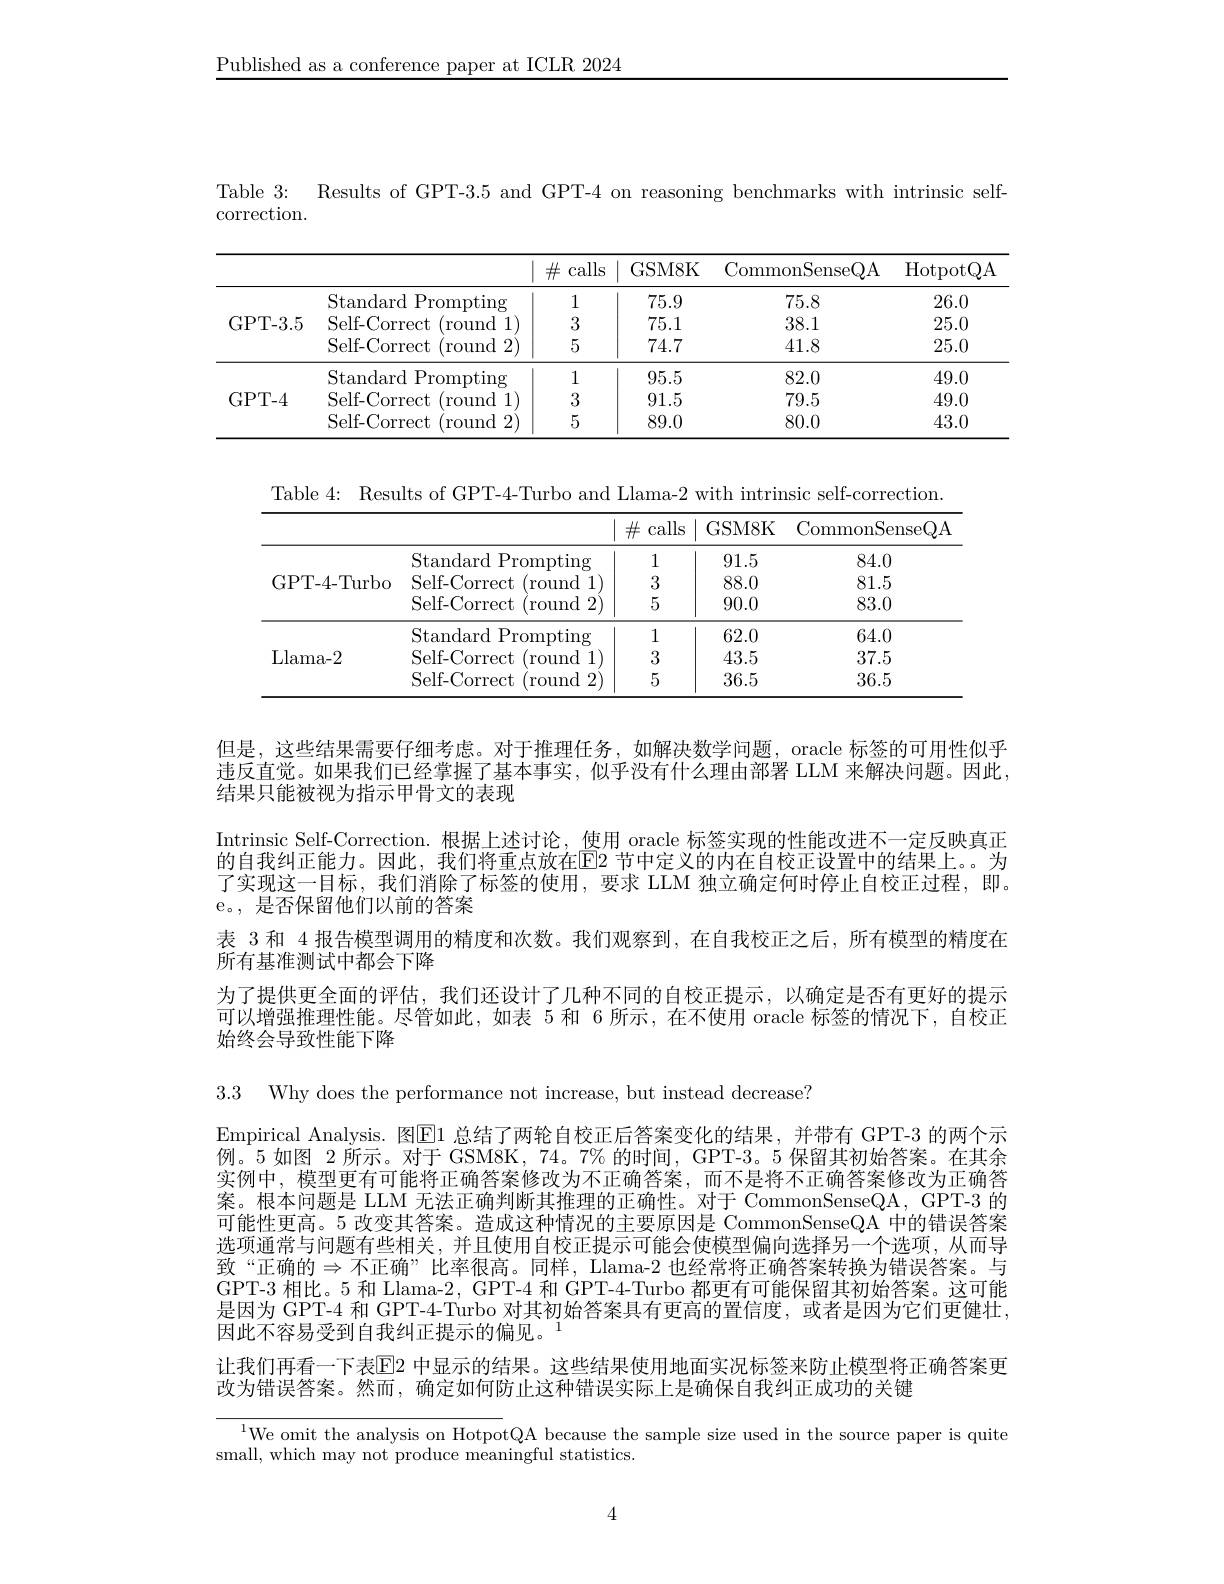
Published as a conference pa

Table 3: Results of GPT-3.5 and GPT-4 on reasoning benchmarks with intrinsic self-

correction.

<table>
	<tbody>
		<tr>
			<th> </th>
			<th> </th>
			<th> calls </th>
			<th>GSM8K</th>
			<th>CommonSenseQA</th>
			<th>HotpotQA</th>
		</tr>
		<tr>
			<td rowspan="3">GPT- 3. 5</td>
			<td>Standard Prompting</td>
			<td>1</td>
			<td>75.9</td>
			<td>75.8</td>
			<td>26.0</td>
		</tr>
		<tr>
			<td>Self- Correct $(\operatorname{round}$ 111)</td>
			<td>3</td>
			<td>75.1</td>
			<td>38.1</td>
			<td>25.0</td>
		</tr>
		<tr>
			<td>Self-Correct round </td>
			<td>5</td>
			<td>74.7</td>
			<td>41.8</td>
			<td>25.0</td>
		</tr>
		<tr>
			<td rowspan="3">GPT- 4</td>
			<td>Standard Prompting</td>
			<td>1</td>
			<td>95.5</td>
			<td>82.0</td>
			<td>49.0</td>
		</tr>
		<tr>
			<td>(round1) Self-Correct</td>
			<td></td>
			<td>91.5</td>
			<td>79.5</td>
			<td>49.0</td>
		</tr>
		<tr>
			<td>Self-Correct round 2</td>
			<td>5</td>
			<td>89.0</td>
			<td>80.0</td>
			<td>43.0</td>
		</tr>
	</tbody>
</table>

Table 4: Results of GPT-4-Turbo and Llama-2 with intrinsic self-correction.
<table>
	<tbody>
		<tr>
			<th> </th>
			<th> </th>
			<th>$\#$ calls</th>
			<th>GSM8K</th>
			<th>CommonSenseQA</th>
		</tr>
		<tr>
			<td rowspan="3">GPT-4-Turbo</td>
			<td>Standard Prompting</td>
			<td>1</td>
			<td>91.5</td>
			<td>84.0</td>
		</tr>
		<tr>
			<td>Self-Correct ( round 11)</td>
			<td></td>
			<td>88.0</td>
			<td>81.5</td>
		</tr>
		<tr>
			<td>Self-Correct $\operatorname{lround}$ 2</td>
			<td>5</td>
			<td>90.0</td>
			<td>83.0</td>
		</tr>
		<tr>
			<td rowspan="3">Llama- 2</td>
			<td>Standard Prompting</td>
			<td>1</td>
			<td>62.0</td>
			<td>64.0</td>
		</tr>
		<tr>
			<td>Self-Correct ( round </td>
			<td></td>
			<td>43.5</td>
			<td>37.5</td>
		</tr>
		<tr>
			<td>Self-Correct round </td>
			<td>5</td>
			<td>36.5</td>
			<td>36.5</td>
		</tr>
	</tbody>
</table>

但是，这些结果需要仔细考虑。对于推理任务，如解决数学问题，oracle 标签的可用性似乎违反直觉。如果我们已经掌握了基本事实，似乎没有什么理由部署 LLM 来解决问题。因此， 结果只能被视为指示甲骨文的表现
Intrinsic Self-Correction. 根据上述讨论，使用 oracle 标签实现的性能改进不一定反映真正的自我纠正能力。因此，我们将重点放在$\overline{\mathrm{E}}$2 了实现这一目标，我们消除了标签的使用，要求 LLM 独立确定何时停止自校正过程，即。e。, 是否保留他们以前的答案
表 3 和 4 报告模型调用的精度和次数。我们观察到，在自我校正之后，所有模型的精度在
所有基准测试中都会下降
为了提供更全面的评估，我们还设计了几种不同的自校正提示，以确定是否有更好的提示可以增强推理性能。尽管如此，如表 5 和 6 所示，在不使用 oracle 标签的情况下，自校正始终会导致性能下降

3.3 Why does the performance not increase, but instead decrease?

Empirical Analysis. 图$\overline{\mathrm{E}}1$ 总结了两轮自校正后答案变化的结果，并带有 GPT-3 的两个示例。5 如图 2 所示。对于 GSM8K, 74。7% 的时间，GPT-3。5 保留其初始答案。在其余实例中，模型更有可能将正确答案修改为不正确答案，而不是将不正确答案修改为正确答案。根本问题是 LLM 无法正确判断其推理的正确性。对于 CommonSenseQA, GPT-3 的可能性更高。5 改变其答案。造成这种情况的主要原因是 CommonSenseQA 中的错误答案选项通常与问题有些相关，并且使用自校正提示可能会使模型偏致“正确的$\Rightarrow$不正确”比率很高。同样，Llama-2 GPT-3 相比。5 和 Llama-2, GPT-4 和 GPT-4-Turbo 都更有可能保留其初始答案。这可能是因为 GPT-4 和 GPT-4-Turbo 对其初始答案具有更高的置信度，或者是因为它们更健壮， 因此不容易受到自我纠正提示的偏见。
让我们再看一下表$\mathbb{E}$2 中显示的结果。这些结果使用地面实况标签来防止模型将正确答案更
改为错误答案。然而，确定如何防止这种错误实际上是确保自我纠正成功的关键

$^{1}$We omit the analysis on HotpotQA because the sample size used in the source paper is quite
small, which may not produce meaningful statistics.

4